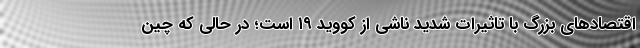
اقتصادهای بزرگ با تاثیرات شدید ناشی از کووید ۱۹ است؛ در حالی که چین